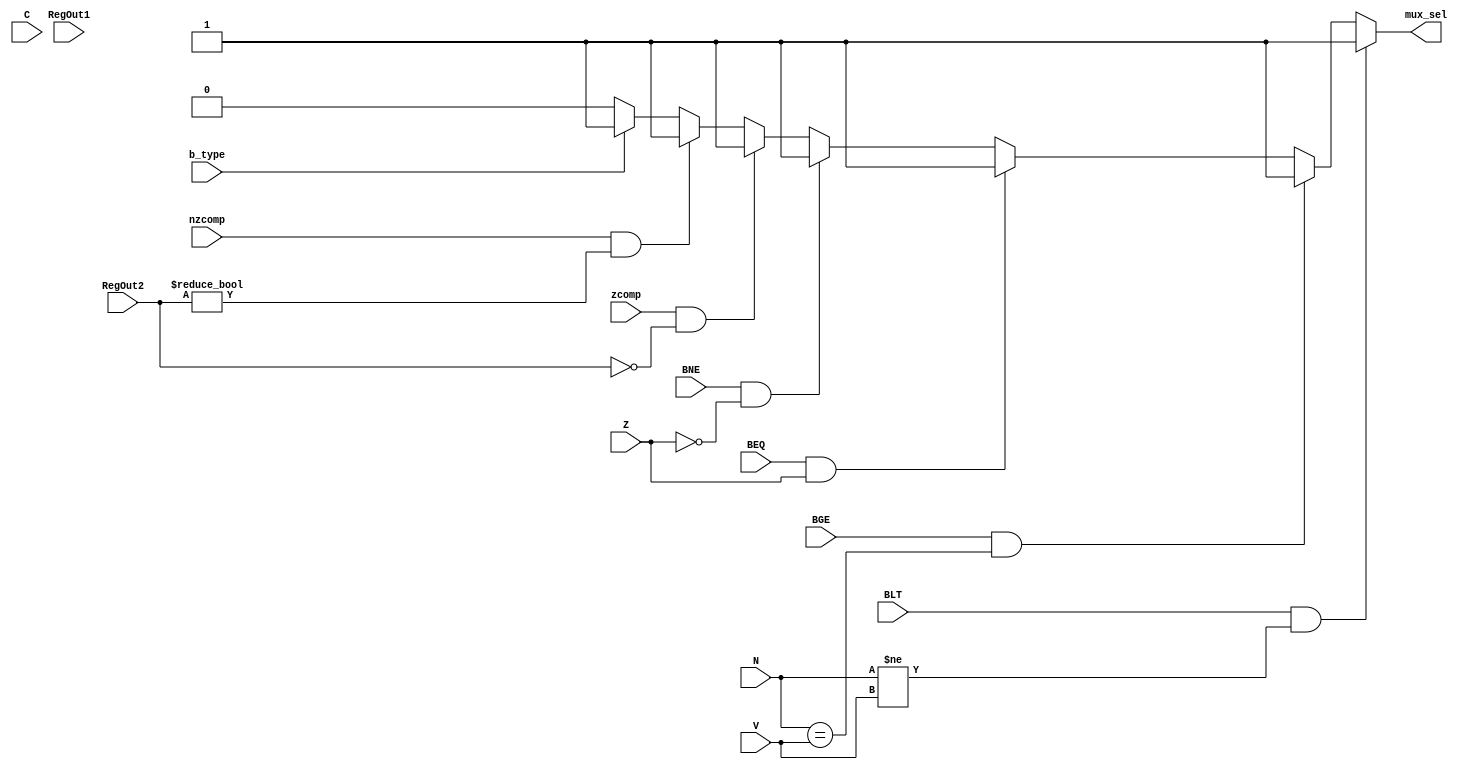
`timescale 1ns / 1ps
//////////////////////////////////////////////////////////////////////////////////
// Aryan Mehrotra
// 
// Module Name: Branch_Check
// Description: Checks the RegFile outputs and opcode signals to see if a branch is needed
// Project Name: Final Project
//////////////////////////////////////////////////////////////////////////////////


module Branch_Check(RegOut1, RegOut2, N, Z, V, C, zcomp, nzcomp, BEQ, BNE, BLT, BGE, mux_sel, b_type);
    input[63:0] RegOut1, RegOut2;
    input N, Z, V, C, zcomp, nzcomp, BEQ, BNE, BLT, BGE, b_type;
    output reg mux_sel;
    
    always@(RegOut1, RegOut2, N, Z, V, C, zcomp, nzcomp, BEQ, BNE, BLT, BGE, b_type) begin 
        if(BLT && (N != V)) begin 
            mux_sel <= 1'b1;
        end 
        else if(BGE && (N == V)) begin
            mux_sel <= 1'b1;
        end
        else if(BEQ && (Z == 1)) begin 
            mux_sel <= 1'b1;
        end 
        else if(BNE && (Z == 0)) begin 
            mux_sel <= 1'b1;
        end
        else if(zcomp && (RegOut2 == 0)) begin
            mux_sel <= 1'b1;
        end 
        else if(nzcomp && (RegOut2 != 0)) begin
            mux_sel <= 1'b1;
        end
        else if(b_type) begin 
            mux_sel <= 1'b1;
        end
        else begin 
            mux_sel <= 1'b0;
        end
    end 
endmodule